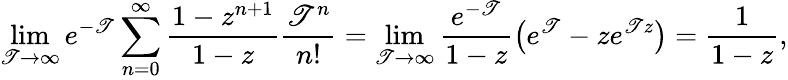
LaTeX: \operatorname*{lim}_{\mathscr{T}\rightarrow\infty}e^{-\mathscr{T}}\sum_{n=0}^{\infty}{\frac{{1-z^{n+1}}}{{1-z}}}{\frac{{\mathscr{T}^{n}}}{{n!}}}=\operatorname*{lim}_{\mathscr{T}\rightarrow\infty}{\frac{{e^{-\mathscr{T}}}}{{1-z}}}{\big(}e^{\mathscr{T}}-ze^{\mathscr{T}z}{\big)}={\frac{{1}}{{1-z}}},